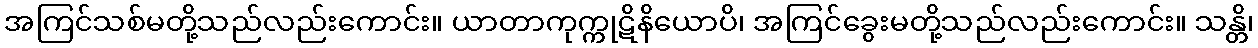
အကြင်သစ်မတို့သည်လည်းကောင်း။ ယာတာကုက္ကုဋိနိယောပိ၊ အကြင်ခွေးမတို့သည်လည်းကောင်း။ သန္တိ၊